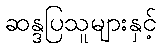
ဆန္ဒပြသူများနှင့်